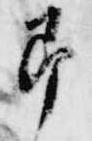
即